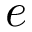
{ e }